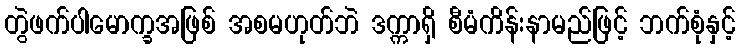
တွဲဖက်ပါမောက္ခအဖြစ် အစမဟုတ်ဘဲ ဒက္ကာရှိ စီမံကိန်းနာမည်ဖြင့် ဘက်စုံနှင့်